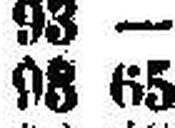
93 65